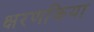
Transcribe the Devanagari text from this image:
क्षरणक्रिया